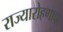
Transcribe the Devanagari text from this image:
राज्यारोहणाचा